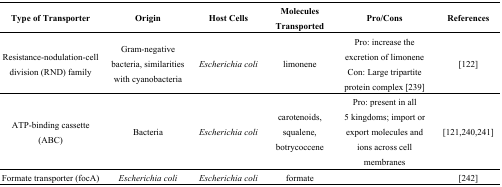
| Type of Transporter | Origin | Host Cells | Molecules Transported | Pro/Cons | References |
 | --- | --- | --- | --- | --- | --- |
 | Resistance-nodulation-cell division (RND) family | Gram-negative bacteria, similarities with cyanobacteria | Escherichia coli | limonene | Pro: increase the excretion of limoneneCon: Large tripartite protein complex [239] | [122] |
 | ATP-binding cassette (ABC) | Bacteria | Escherichia coli | carotenoids, squalene, botrycoccene | Pro: present in all 5 kingdoms; import or export molecules and ions across cell membranes | [121,240,241] |
 | Formate transporter (focA) | Escherichia coli | Escherichia coli | formate |  | [242] |